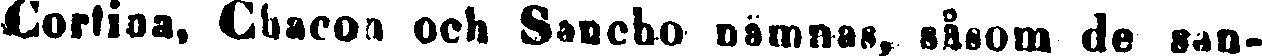
Cortina, Cbacon och Sancho nämnas, såsom de san-